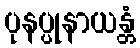
ပုနပ္ပုနာယန္တံ